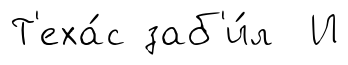
Т'еха́с заб'и́л И